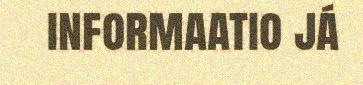
informaatio já